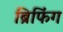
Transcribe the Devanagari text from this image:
ब्रिफिंग